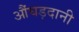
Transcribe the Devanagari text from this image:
औंघड़दानी